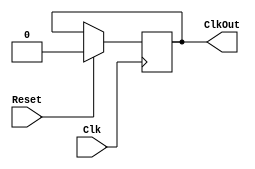
`timescale 1ns / 1ps
//////////////////////////////////////////////////////////////////////////////////
//Simple one-second clock divider to be used for demonstration purposes.
// 
//////////////////////////////////////////////////////////////////////////////////


module ClkDiv(Reset, Clk, ClkOut);

    input Reset, Clk;
    output reg ClkOut;
    
    //sets the cycle time for the board; this will create a one second cycle.
    //up for one half second, down for one half second.
    parameter second = 500000000;
    
    reg [25:0] DivCnt;
    reg ClkInt;
    
    //requires a reset signal to initialize values; from then on, will operate
    //freely until reset signal again pressed.
    always @(posedge Clk) begin
        if(Reset == 1) begin
            ClkOut <= 0;
            ClkInt <= 0;
            DivCnt <= 0;
        end
        else begin
            if(DivCnt == second) begin
                ClkOut <= ~ClkInt;
                ClkInt <= ~ClkInt;
                DivCnt <= 0;
            end
            else begin
                ClkOut <= ClkOut;
                ClkInt <= ClkInt;
                DivCnt <= DivCnt + 1;
            end
        end
    end

endmodule